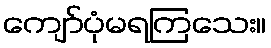
ကျော်ပုံမရကြသေး။